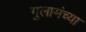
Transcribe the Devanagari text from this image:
गुलामंच्या